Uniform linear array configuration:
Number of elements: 32
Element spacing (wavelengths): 0.5
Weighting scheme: uniform
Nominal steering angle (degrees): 60
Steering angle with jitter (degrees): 58.018
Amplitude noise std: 0.05
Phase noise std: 0.05

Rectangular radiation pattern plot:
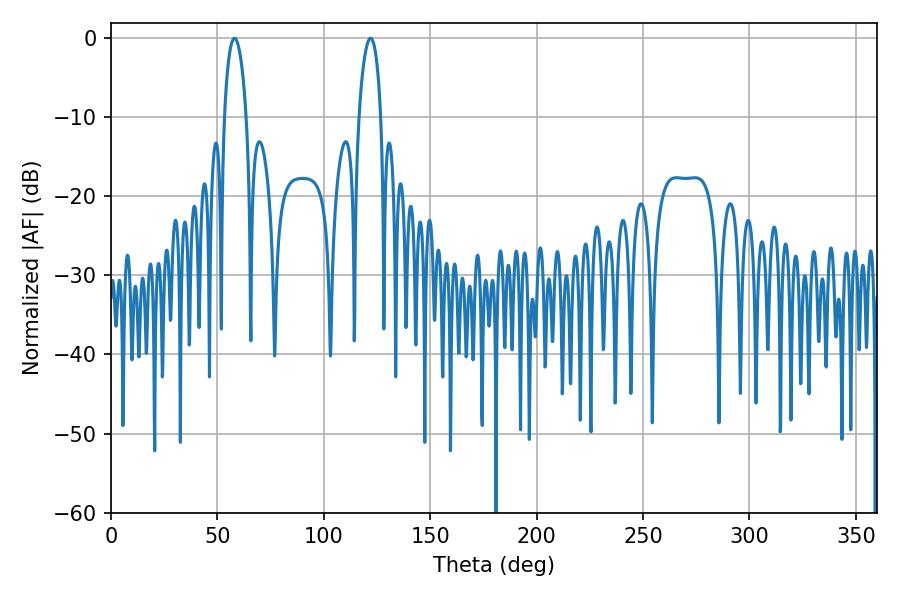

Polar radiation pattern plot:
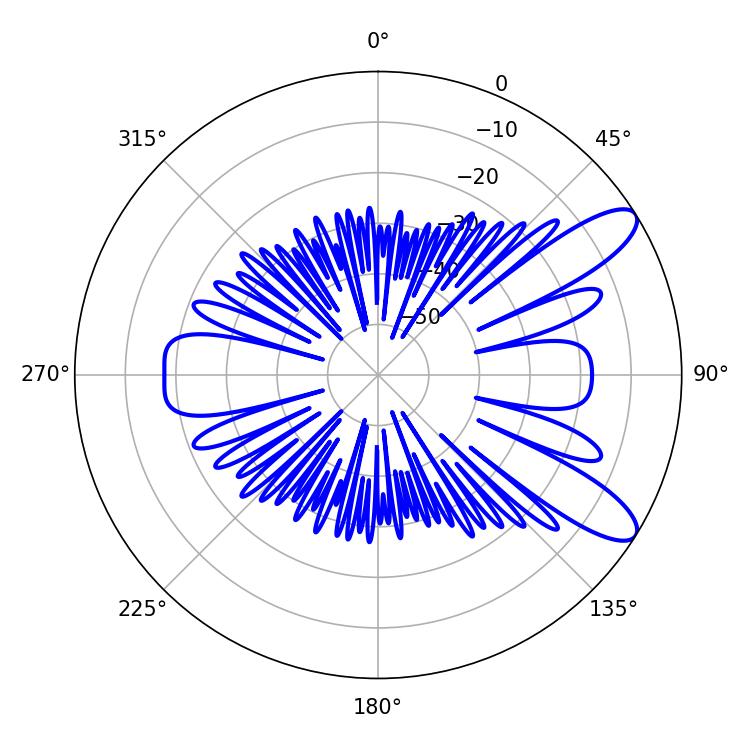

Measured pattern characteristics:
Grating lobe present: FALSE
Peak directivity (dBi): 10.163
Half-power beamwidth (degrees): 5.76
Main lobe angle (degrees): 57.96